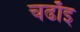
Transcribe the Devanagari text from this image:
चढाँइ